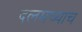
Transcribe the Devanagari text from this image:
दलमच्याच